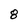
Character: 8